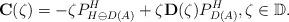
LaTeX: \begin{align*}\mathbf{C}(\zeta) = -\zeta P^H_{H\ominus D(A)} +\zeta \mathbf{D}(\zeta) P^H_{D(A)},\zeta\in \mathbb{D}.\end{align*}